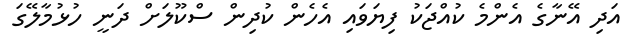
އަދި އޭނާގެ އެންމެ ކުއްޖަކު ފިޔަވައި އެހެން ކުދިން ސްކޫލަށް ދަނީ ހުޅުމާލޭގަ